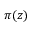
\pi ( \boldsymbol { z } )